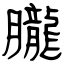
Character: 朧